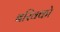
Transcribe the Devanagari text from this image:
बरिक्को